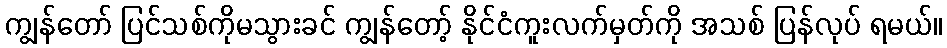
ကျွန်တော် ပြင်သစ်ကိုမသွားခင် ကျွန်တော့် နိုင်ငံကူးလက်မှတ်ကို အသစ် ပြန်လုပ် ရမယ်။